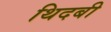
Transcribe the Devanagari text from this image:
थिदबी